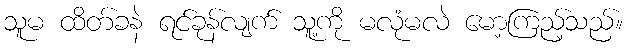
သူမ ထိတ်ခနဲ ရင်ခုန်လျက် သူ့ကို မလုံမလဲ မော့ကြည့်သည်။